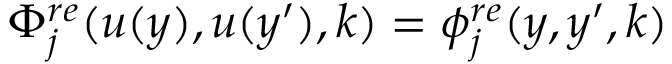
\Phi _ { j } ^ { r e } ( u ( y ) , u ( y ^ { \prime } ) , k ) = \phi _ { j } ^ { r e } ( y , y ^ { \prime } , k )